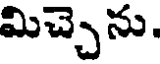
మిచ్చెను.